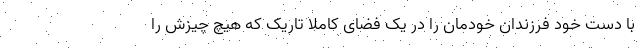
با دست خود فرزندان خودمان را در یک فضای کاملاً تاریک که هیچ چیزش را